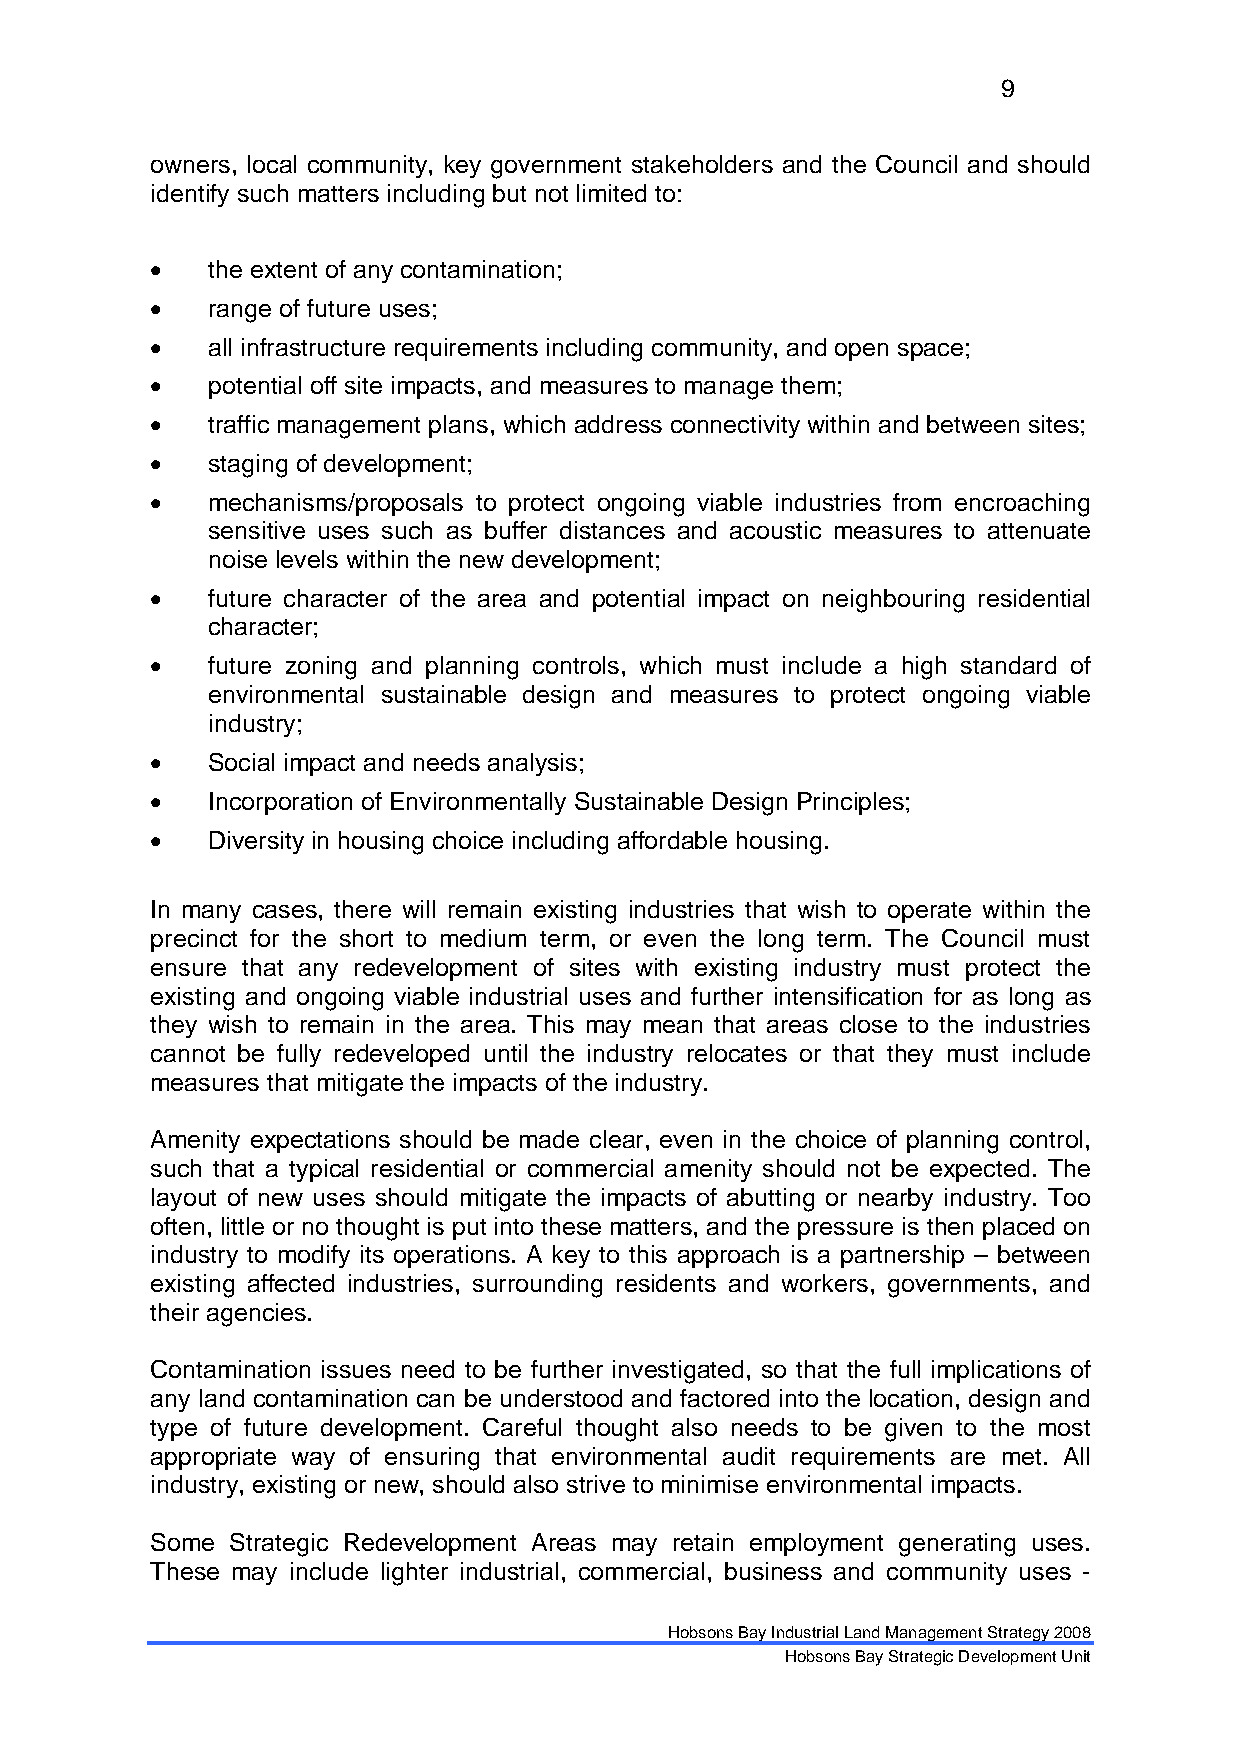
9
 owners, local community, key government stakeholders and the Council and should
 identify such matters including but not limited to:
 •   the extent of any contamination;
 •   range of future uses;
 •   all infrastructure requirements including community, and open space;
 •   potential off site impacts, and measures to manage them;
 •   traffic management plans, which address connectivity within and between sites;
 •   staging of development;
 •   mechanisms/proposals to protect ongoing viable industries from encroaching
 sensitive uses such as buffer distances and acoustic measures to attenuate
 noise levels within the new development;
 •   future character of the area and potential impact on neighbouring residential
 character;
 •   future zoning and planning controls, which must include a high standard of
 environmental sustainable design and measures to protect ongoing viable
 industry;
 •   Social impact and needs analysis;
 •   Incorporation of Environmentally Sustainable Design Principles;
 •   Diversity in housing choice including affordable housing.
 In many cases, there will remain existing industries that wish to operate within the
 precinct for the short to medium term, or even the long term. The Council must
 ensure that any redevelopment of sites with existing industry must protect the
 existing and ongoing viable industrial uses and further intensification for as long as
 they wish to remain in the area. This may mean that areas close to the industries
 cannot be fully redeveloped until the industry relocates or that they must include
 measures that mitigate the impacts of the industry.
 Amenity expectations should be made clear, even in the choice of planning control,
 such that a typical residential or commercial amenity should not be expected. The
 layout of new uses should mitigate the impacts of abutting or nearby industry. Too
 often, little or no thought is put into these matters, and the pressure is then placed on
 industry to modify its operations. A key to this approach is a partnership – between
 existing affected industries, surrounding residents and workers, governments, and
 their agencies.
 Contamination issues need to be further investigated, so that the full implications of
 any land contamination can be understood and factored into the location, design and
 type of future development. Careful thought also needs to be given to the most
 appropriate way of ensuring that environmental audit requirements are met. All
 industry, existing or new, should also strive to minimise environmental impacts.
 Some Strategic Redevelopment Areas may retain employment generating uses.
 These may include lighter industrial, commercial, business and community uses -
 Hobsons Bay Industrial Land Management Strategy 2008
 Hobsons Bay Strategic Development Unit